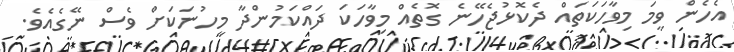
އެހެން ވީމަ މިވާހަކަތައް ދެކޮޅުޖެހޭނެ ގޮތެއް މިވާހަކަ ދައްކަމުންދާ މީހުނަކަށް ވެސް ނޭގެއެވެ.